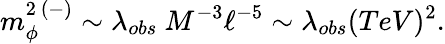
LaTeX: m_{\phi}^{2\ (-)}\sim\lambda_{obs}\ M^{-3}\ell^{-5}\sim\lambda_{obs}(TeV)^{2}.